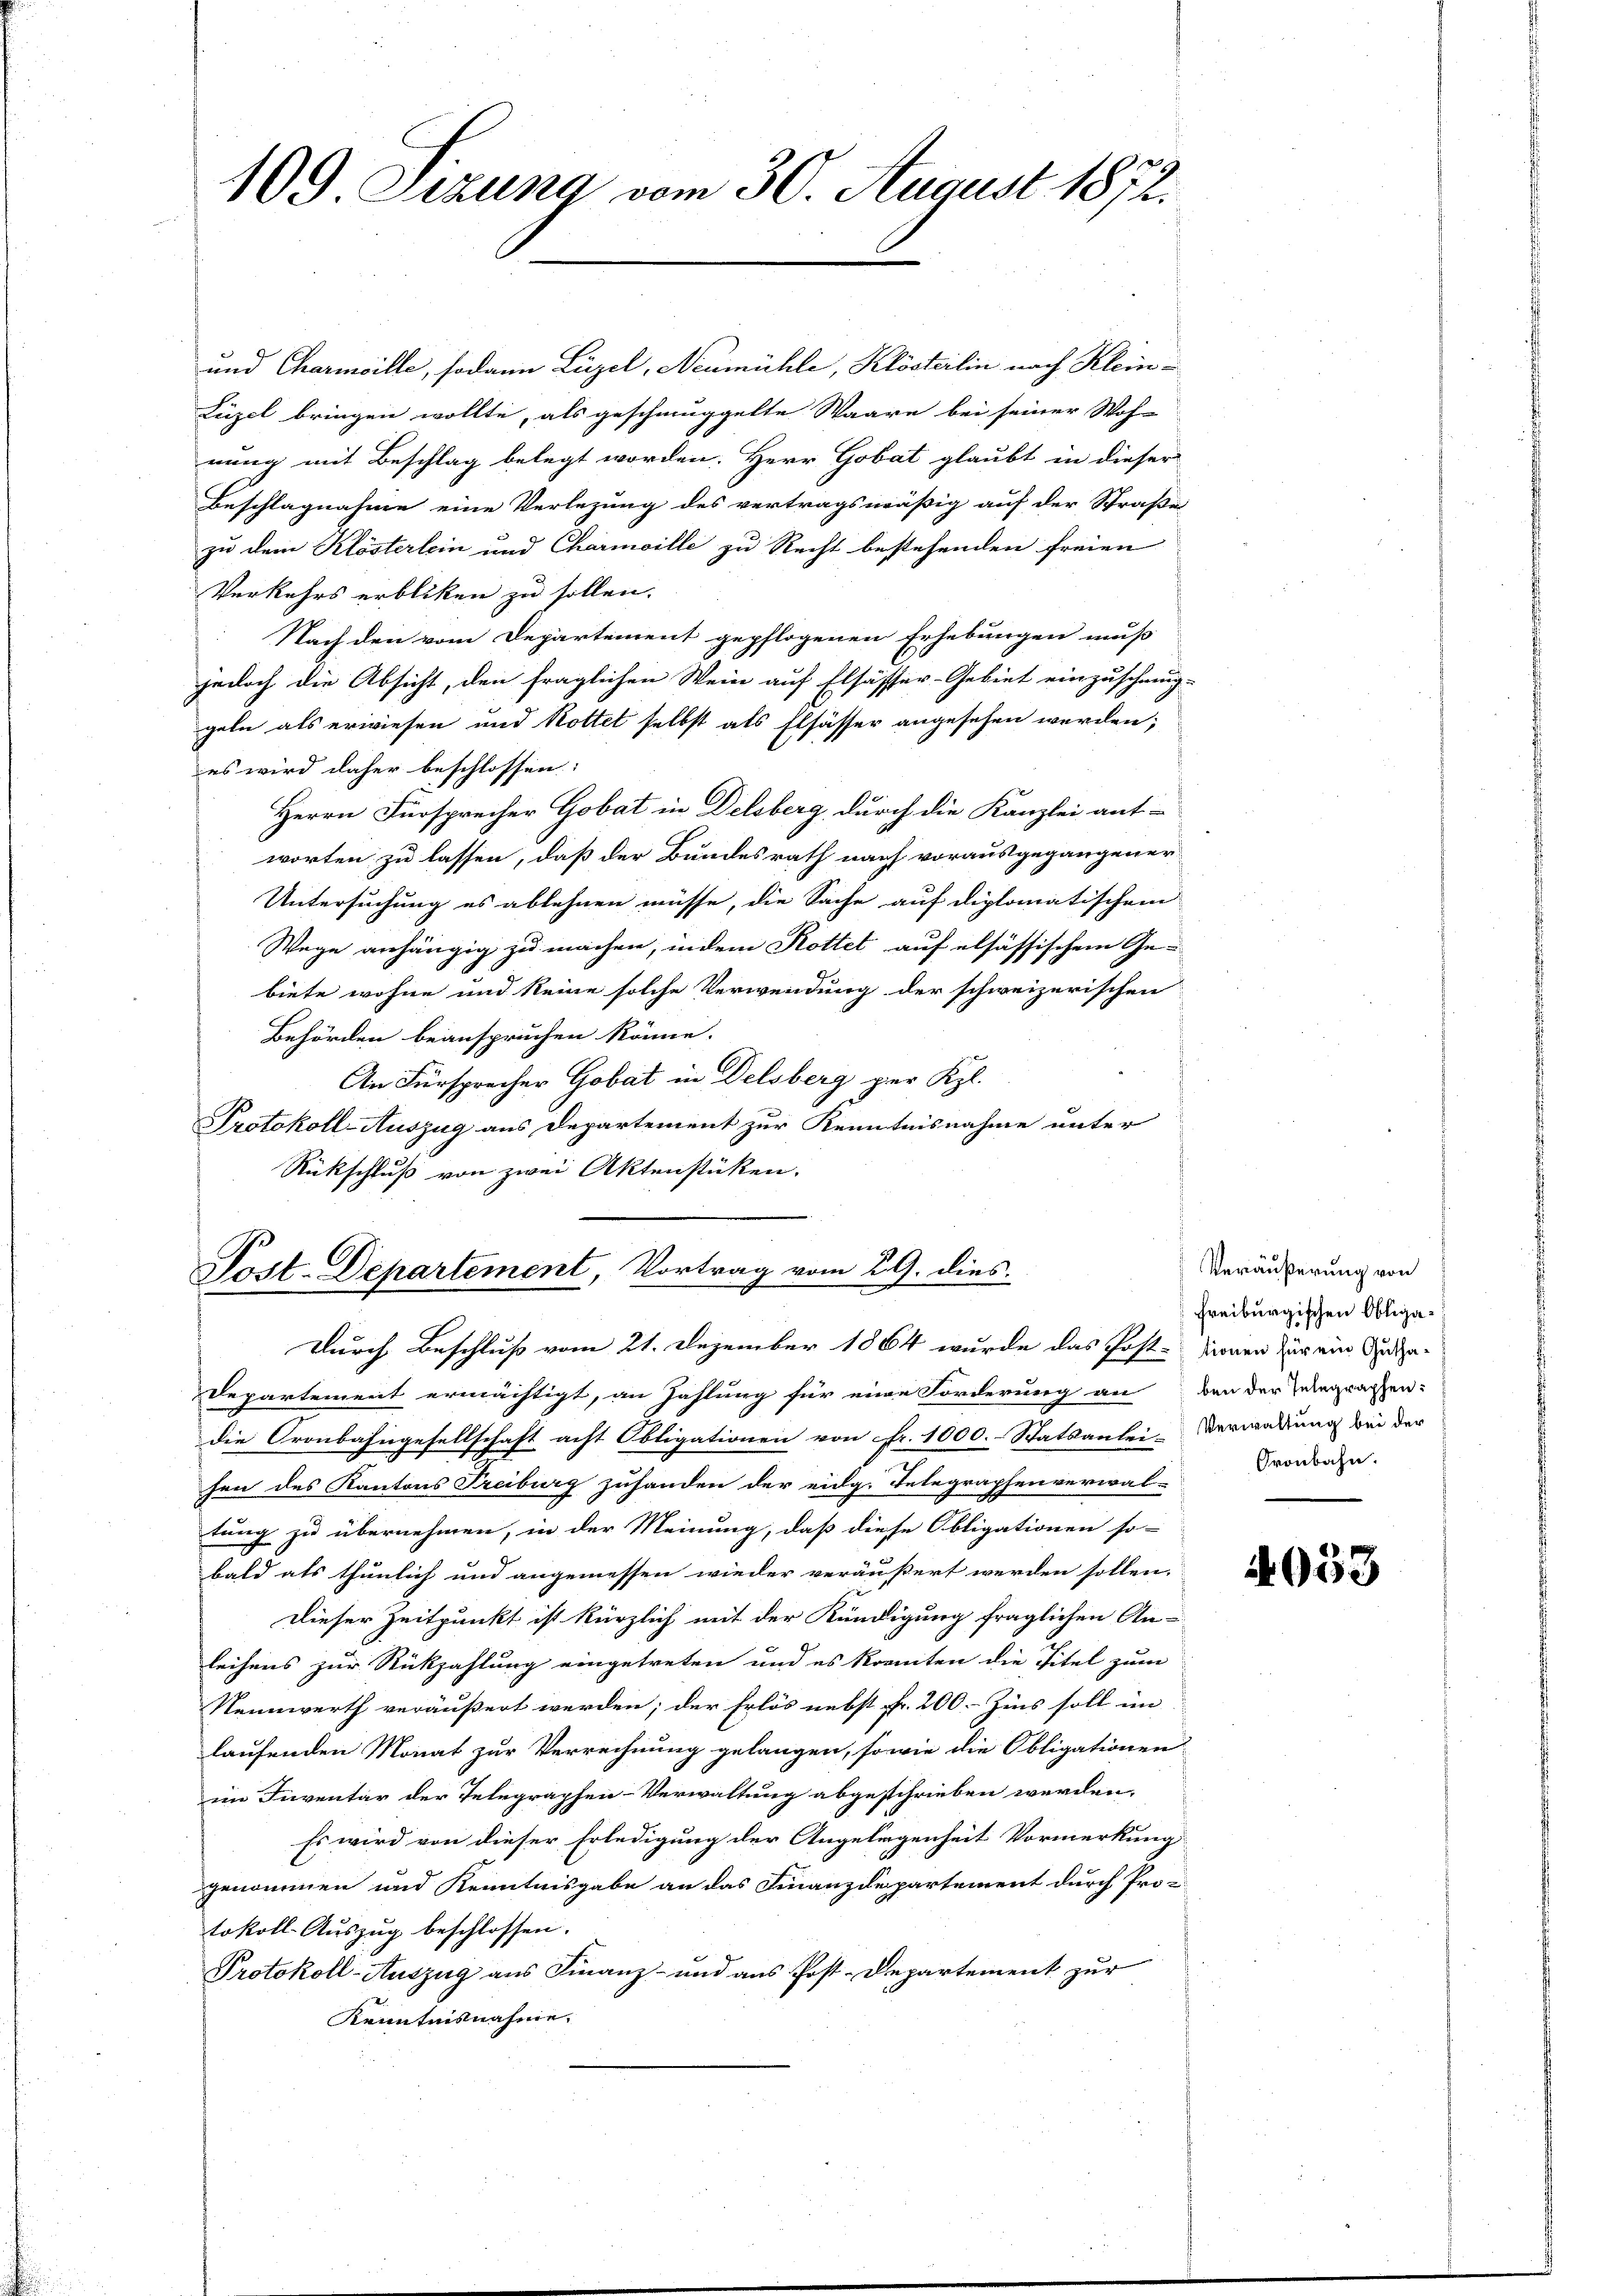
109 Sizung vom 30. August 1872.

und Charmcille, sodann Luzel, Neumühle, Klösterlin nach Klein¬
Lüzel bringen wollte, als geschmuggelte Waare bei seiner Woh-
nung mit Beschlag belegt worden. Herr Gobat glaubt in dieser
Beschlagnahme eine Verlegung des vertragsmäßig auf der Straße
zu dem Klösterlein und Charmoille zu Recht bestehenden freien
Verkehrs erblicken zu sollen.
 Nach den vom Departement gepflogenen Erhebungen muß
jedoch die Absicht, den fraglichen Wein auf Elsässer-Gebiet einzuschmug-
geln als erwiesen und Rottet selbst als Elsässer angesehen werden;
es wird daher beschlossen:
Herrn Fürsprecher Gobat in Delsberg, durch die Kanzlei ant-
worten zu lassen, daß der Bundesrath nach vorausgegangener
Untersuchung es ablehnen müsse, die Sache auf diplomatischem
Wege anhängig zu machen, indem Rottet auf elsässischem Gebiete wohne und keine solche Verwendung der schweizerischen
Behörden beanspruchen könne.
An Fürsprecher Gobat in Delsberg per Kgl.
Protokoll-Auszug aus Departement zur Kenntnisnahme unter
Rückschluß von zwei Aktenstücken.

Post-Departement, Vortrag vom 29. dies
Durch Beschluß vom 21. Dezember 1864 wurde das Post-sienen für ein Bunde¬

Departement ermächtigt, an Zahlung für eine Forderung an bei der Seegraphen:
die Cronbahngesellschaft acht Obligationen von Fr. 1000. Statsanlei- Verwaltung bei der
hen des Kantons Treiburg zuhanden der eidg. Telegraphenverwal-Pronbahn.
tung zu übernehmen, in der Meinung, daß diese Obligationen so-
bald als thunlich und angemessen wieder veräußert werden sollen.
Dieser Zeitpunkt ist kürzlich mit der Kündigung fraglichen An-
leihens zur Rückzahlung eingetreten und es konnten die Titel zum
Nennwerth veräußert werden; der Erlös nebst Fr. 200. Zins soll im
laufenden Monat zur Verrechnung gelangen, sowie die Obligationen
im Inventar der Telegraphen-Verwaltung abgeschrieben werden.
Es wird von dieser Erledigung der Angelegenheit Vormerkung
genommen und Kenntnisgabe an das Finanzdepartement durch Pro-
tokoll-Aŭszŭg beschlossen.
Protokoll-Auszug aus Finanz- und aus Post-Departement zur
Kenntnisnahme.

Veräußerung von
Freiburgischen Obliga¬

4053